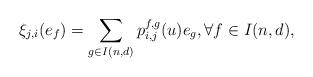
LaTeX: \begin{align*}\xi_{j, i}(e_f)=\sum_{g\in I(n, d)} p_{i, j}^{f, g}(u) e_g, \forall f\in I(n, d),\end{align*}